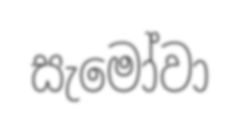
සැමෝවා